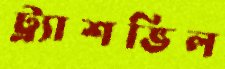
ট্র্যাশভিল